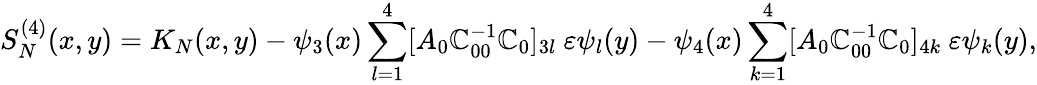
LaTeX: S_{N}^{(4)}(x,y)=K_{N}(x,y)-\psi_{3}(x)\sum_{l=1}^{4}[A_{0}\mathbb{C}_{00}^{-1}\mathbb{C}_{0}]_{3l}\ \varepsilon\psi_{l}(y)-\psi_{4}(x)\sum_{k=1}^{4}[A_{0}\mathbb{C}_{00}^{-1}\mathbb{C}_{0}]_{4k}\ \varepsilon\psi_{k}(y),